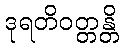
ဒုရတိဝတ္တန္တိ